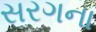
સરગના